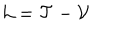
{ \cal L } = { \cal T } - { \cal V }